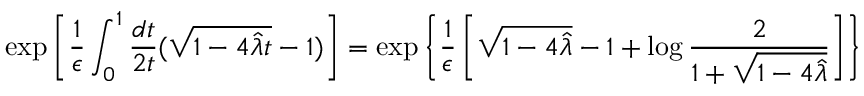
\exp \left[ { \frac { 1 } { \epsilon } } \int _ { 0 } ^ { 1 } { \frac { d t } { 2 t } } ( \sqrt { 1 - 4 { \hat { \lambda } } t } - 1 ) \right] = \exp \left\{ { \frac { 1 } { \epsilon } } \left[ \sqrt { 1 - 4 { \hat { \lambda } } } - 1 + \log { \frac { 2 } { 1 + \sqrt { 1 - 4 { \hat { \lambda } } } } } \right] \right\}